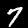
Digit: 7